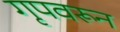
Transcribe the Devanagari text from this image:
गृपवरून